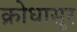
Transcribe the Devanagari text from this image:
क्रोधासुर